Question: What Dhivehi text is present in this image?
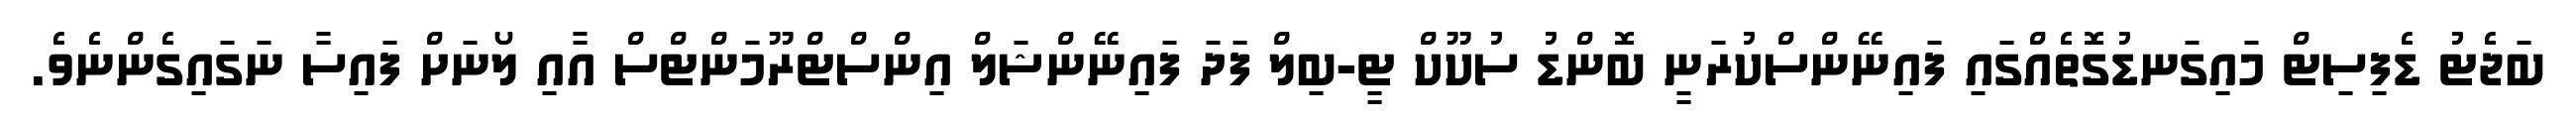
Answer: ބަޖެޓު ޑެފިސިޓް މައިގަނޑުގޮތެއްގައި ފައިނޭންސްކުރަނީ ބޮންޑު ސުކޫކް ޓީ-ބިލް ފަދަ ފައިނޭންޝަލް އިންސްޓްރޫމަންޓްސް އާއި ލޯނަށް ފައިސާ ނަގައިގެންނެވެ.